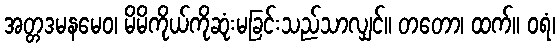
အတ္တဒမနမေဝ၊ မိမိကိုယ်ကိုဆုံးမခြင်းသည်သာလျှင်။ တတော၊ ထက်။ ဝရံ၊